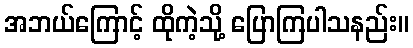
အဘယ်ကြောင့် ထိုကဲ့သို့ ပြောကြပါသနည်း။